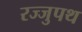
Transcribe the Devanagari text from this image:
रज्जुपथ